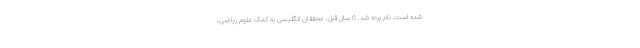
شده است، نام برده شد. 6 سال قبل، محققان انگلیسی به کمک علوم ریاضی،